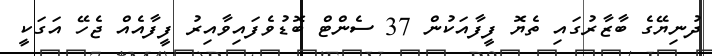
ދުނިޔޭގެ ބާޒާރުގައި ތެޔޮ ފީފާއަކުން 37 ސެންޓް ބޮޑުވެފައިވާއިރު ފީފާއެއް ޖެހޭ އަގަކީ